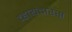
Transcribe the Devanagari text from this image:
व्हायदारेस